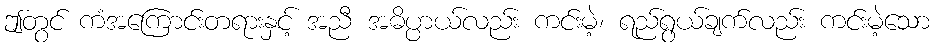
ဤတွင် ကံအကြောင်းတရားနှင့် အညီ အဓိပ္ပာယ်လည်း ကင်းမဲ့၊ ရည်ရွယ်ချက်လည်း ကင်းမဲ့သော